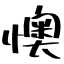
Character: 懊